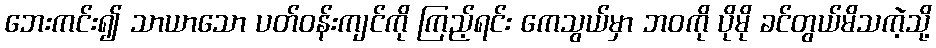
ဘေးကင်း၍ သာယာသော ပတ်ဝန်းကျင်ကို ကြည့်ရင်း ကေသွယ်မှာ ဘဝကို ပိုမို ခင်တွယ်မိသကဲ့သို့